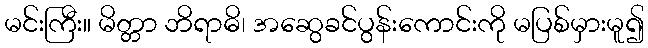
မင်းကြီး။ မိတ္တာ ဘိရာဓိ၊ အဆွေခင်ပွန်းကောင်းကို မပြစ်မှားမူ၍